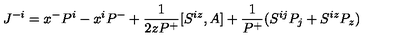
J ^ { - i } = x ^ { - } P ^ { i } - x ^ { i } P ^ { - } + \frac { 1 } { 2 z P ^ { + } } [ S ^ { i z } , A ] + \frac { 1 } { P ^ { + } } ( S ^ { i j } P _ { j } + S ^ { i z } P _ { z } )